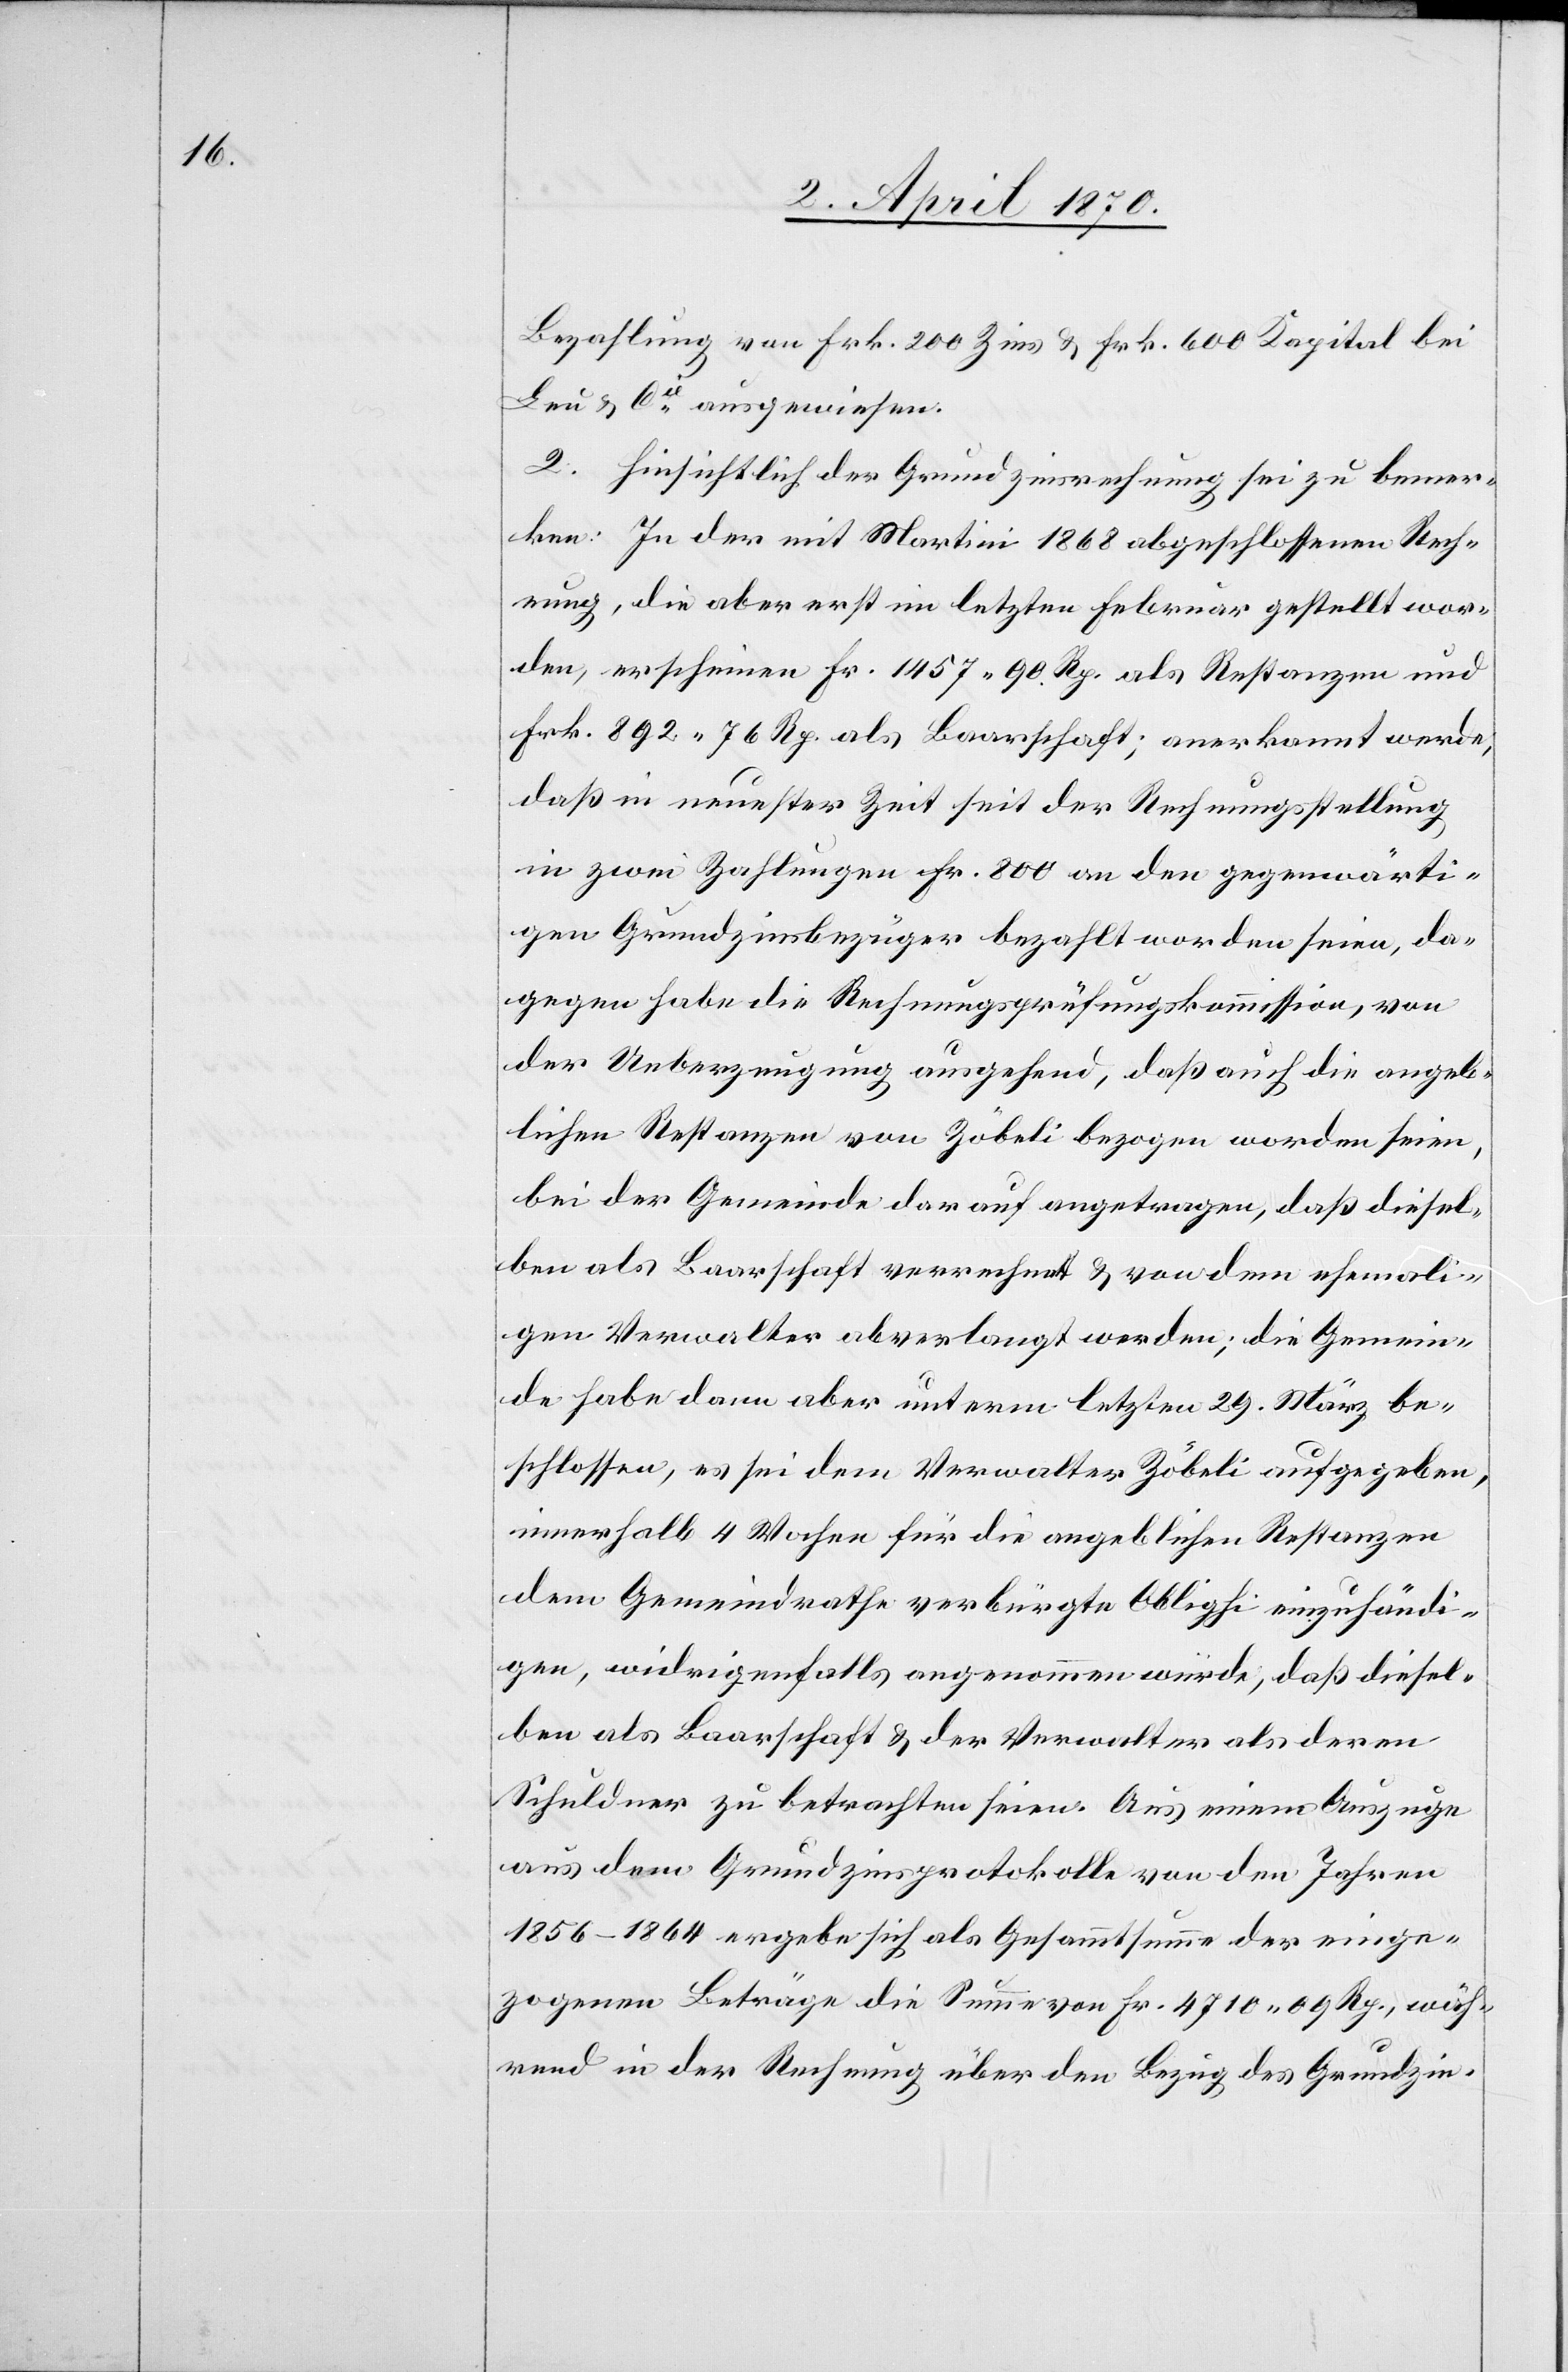
Bezahlung von Frk. 200 Zins & Frk. 600 Kapital bei
Leu & Cie ausgewiesen.
2. Hinsichtlich der Grundzinsrechnung sei zu bemer¬
ken: In der mit Martini 1868 abgeschlossenen Rech¬
nung, die aber erst im letzten Februar gestellt wor¬
den, erscheinen Fr. 1457. 90 Rp. als Restanzen und
Frk. 892. 76 Rp. als Baarschaft; anerkannt werde,
daß in neuester Zeit seit der Rechnungsstellung
in zwei Zahlungen Fr. 800 an den gegenwärti¬
gen Grundzinsbezüger bezahlt worden seien, da¬
gegen habe die Rechnungsprüfungskommission, von
der Ueberzeugung ausgehend, daß auch die angeb¬
lichen Restanzen von Zöbeli bezogen worden seien,
bei der Gemeinde darauf angetragen, daß diesel¬
ben als Baarschaft verrechnet & von dem ehemali¬
gen Verwalter abverlangt werden; die Gemein¬
de habe dann aber unterm letzten 29. März be¬
schlossen, es sei dem Verwalter Zöbeli aufgegeben,
innerhalb 4 Wochen für die angeblichen Restanzen
dem Gemeindrathe verbürgte Oblighi [sic!] einzuhändi¬
gen, widrigenfalls angenommen würde, daß diesel¬
ben als Baarschaft & der Verwalter als deren
Schuldner zu betrachten seien. Aus einem Auszuge
aus dem Grundzinsprotokolle von den Jahren
1856–1864 ergebe sich als Gesammtsumme der einge¬
zogenen Beträge die Summe von Fr. 4710. 09 Rp., wäh¬
rend in der Rechnung über den Bezug des Grundzin-